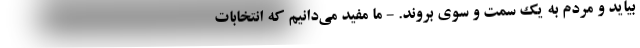
بیاید و مردم به یک سمت و سوی بروند. - ما مفید می‌دانیم که انتخابات